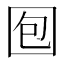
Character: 𱕹